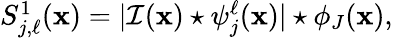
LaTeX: \begin{array}{r}{S_{j,\ell}^{1}(\mathbf{x})=|\mathcal{I}(\mathbf{x})\star\psi_{j}^{\ell}(\mathbf{x})|\star\phi_{J}(\mathbf{x}),}\end{array}